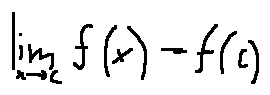
\lim \limits _ { x \rightarrow c } f ( x ) = f ( c )